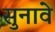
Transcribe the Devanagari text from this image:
सुनावे